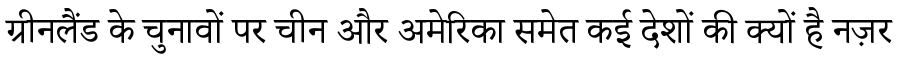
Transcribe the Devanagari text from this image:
ग्रीनलैंड के चुनावों पर चीन और अमेरिका समेत कई देशों की क्यों है नज़र